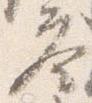
答